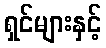
ရှင်များနှင့်